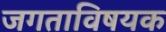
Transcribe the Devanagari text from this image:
जगताविषयक